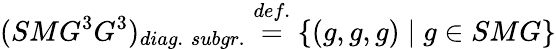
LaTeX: (SMG^{3}G^{3})_{diag.\; subgr.}\stackrel{def.}{=}\{ (g,g,g)\mid g\in SMG\}